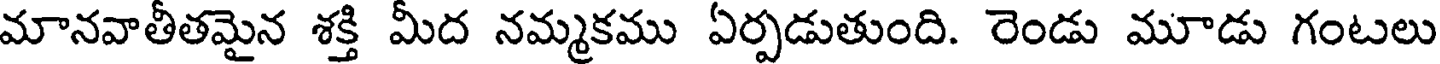
మానవాతీతమైన శక్తి మీద నమ్మకము ఏర్పడుతుంది. రెండు మూడు గంటలు